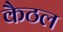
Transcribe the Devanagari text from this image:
कैठल